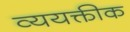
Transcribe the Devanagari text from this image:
व्ययक्तीक